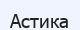
Астика